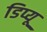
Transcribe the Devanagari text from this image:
डिप्यू